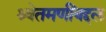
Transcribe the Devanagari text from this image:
श्र्वेतमणींबद्दल